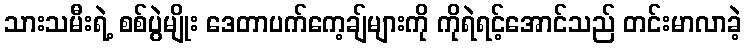
သားသမီးရဲ့ စစ်ပွဲမျိုး ဒေတာပက်ကေ့ချ်များကို ကိုရဲရင့်အောင်သည် တင်းမာလာခဲ့